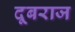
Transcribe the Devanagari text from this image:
दूबराज